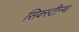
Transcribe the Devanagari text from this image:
सिक्स्टीन्थ